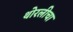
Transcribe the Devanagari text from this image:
थोरलीचा